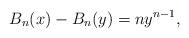
\begin{align*}B_n (x) - B_n (y) = ny^{n - 1},\end{align*}